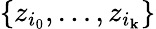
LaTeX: \{ z_{i_{0}},\ldots,z_{i_{\mathbf{k}}}\}